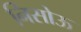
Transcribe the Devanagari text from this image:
निसोऊ